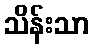
သိန်းသာ